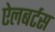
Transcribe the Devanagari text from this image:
ऐलबर्टस